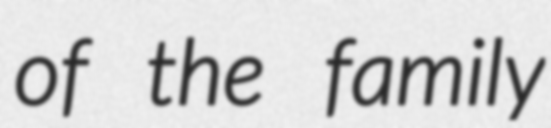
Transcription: of the family